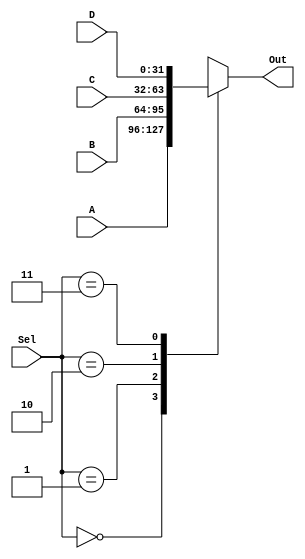
module Mux4x1_32bit(A,B,C,D,Sel,Out);

	input [1:0] Sel;
	input [31:0] A,B,C,D;
	
	output reg [31:0] Out;
	
	always @(A or B or C or D or Sel)
	begin
	case (Sel)
	2'b00:Out=A;
	2'b01:Out=B;
	2'b10:Out=C;
	2'b11:Out=D;
	endcase
	end

endmodule